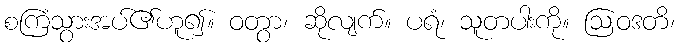
စကြံသွားအပ်၏ဟူ၍။ ဝတွာ၊ ဆိုလျက်။ ပရံ၊ သူတပါးကို။ ဩဝဒတိ၊